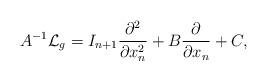
LaTeX: \begin{align*} A^{-1} \mathcal{L}_g = I_{n+1}\frac{\partial^2 }{\partial x_n^2} + B \frac{\partial }{\partial x_n} + C,\end{align*}